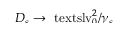
\smash { D _ { s } \to \ensuremath { \mathrm { \ t e x t s l { v } } _ { 0 } } ^ { 2 } / \gamma _ { s } }